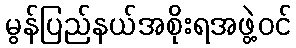
မွန်ပြည်နယ်အစိုးရအဖွဲ့ဝင်